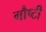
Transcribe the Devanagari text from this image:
गौष्टी